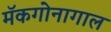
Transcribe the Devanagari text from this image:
मॅकगोनागाल